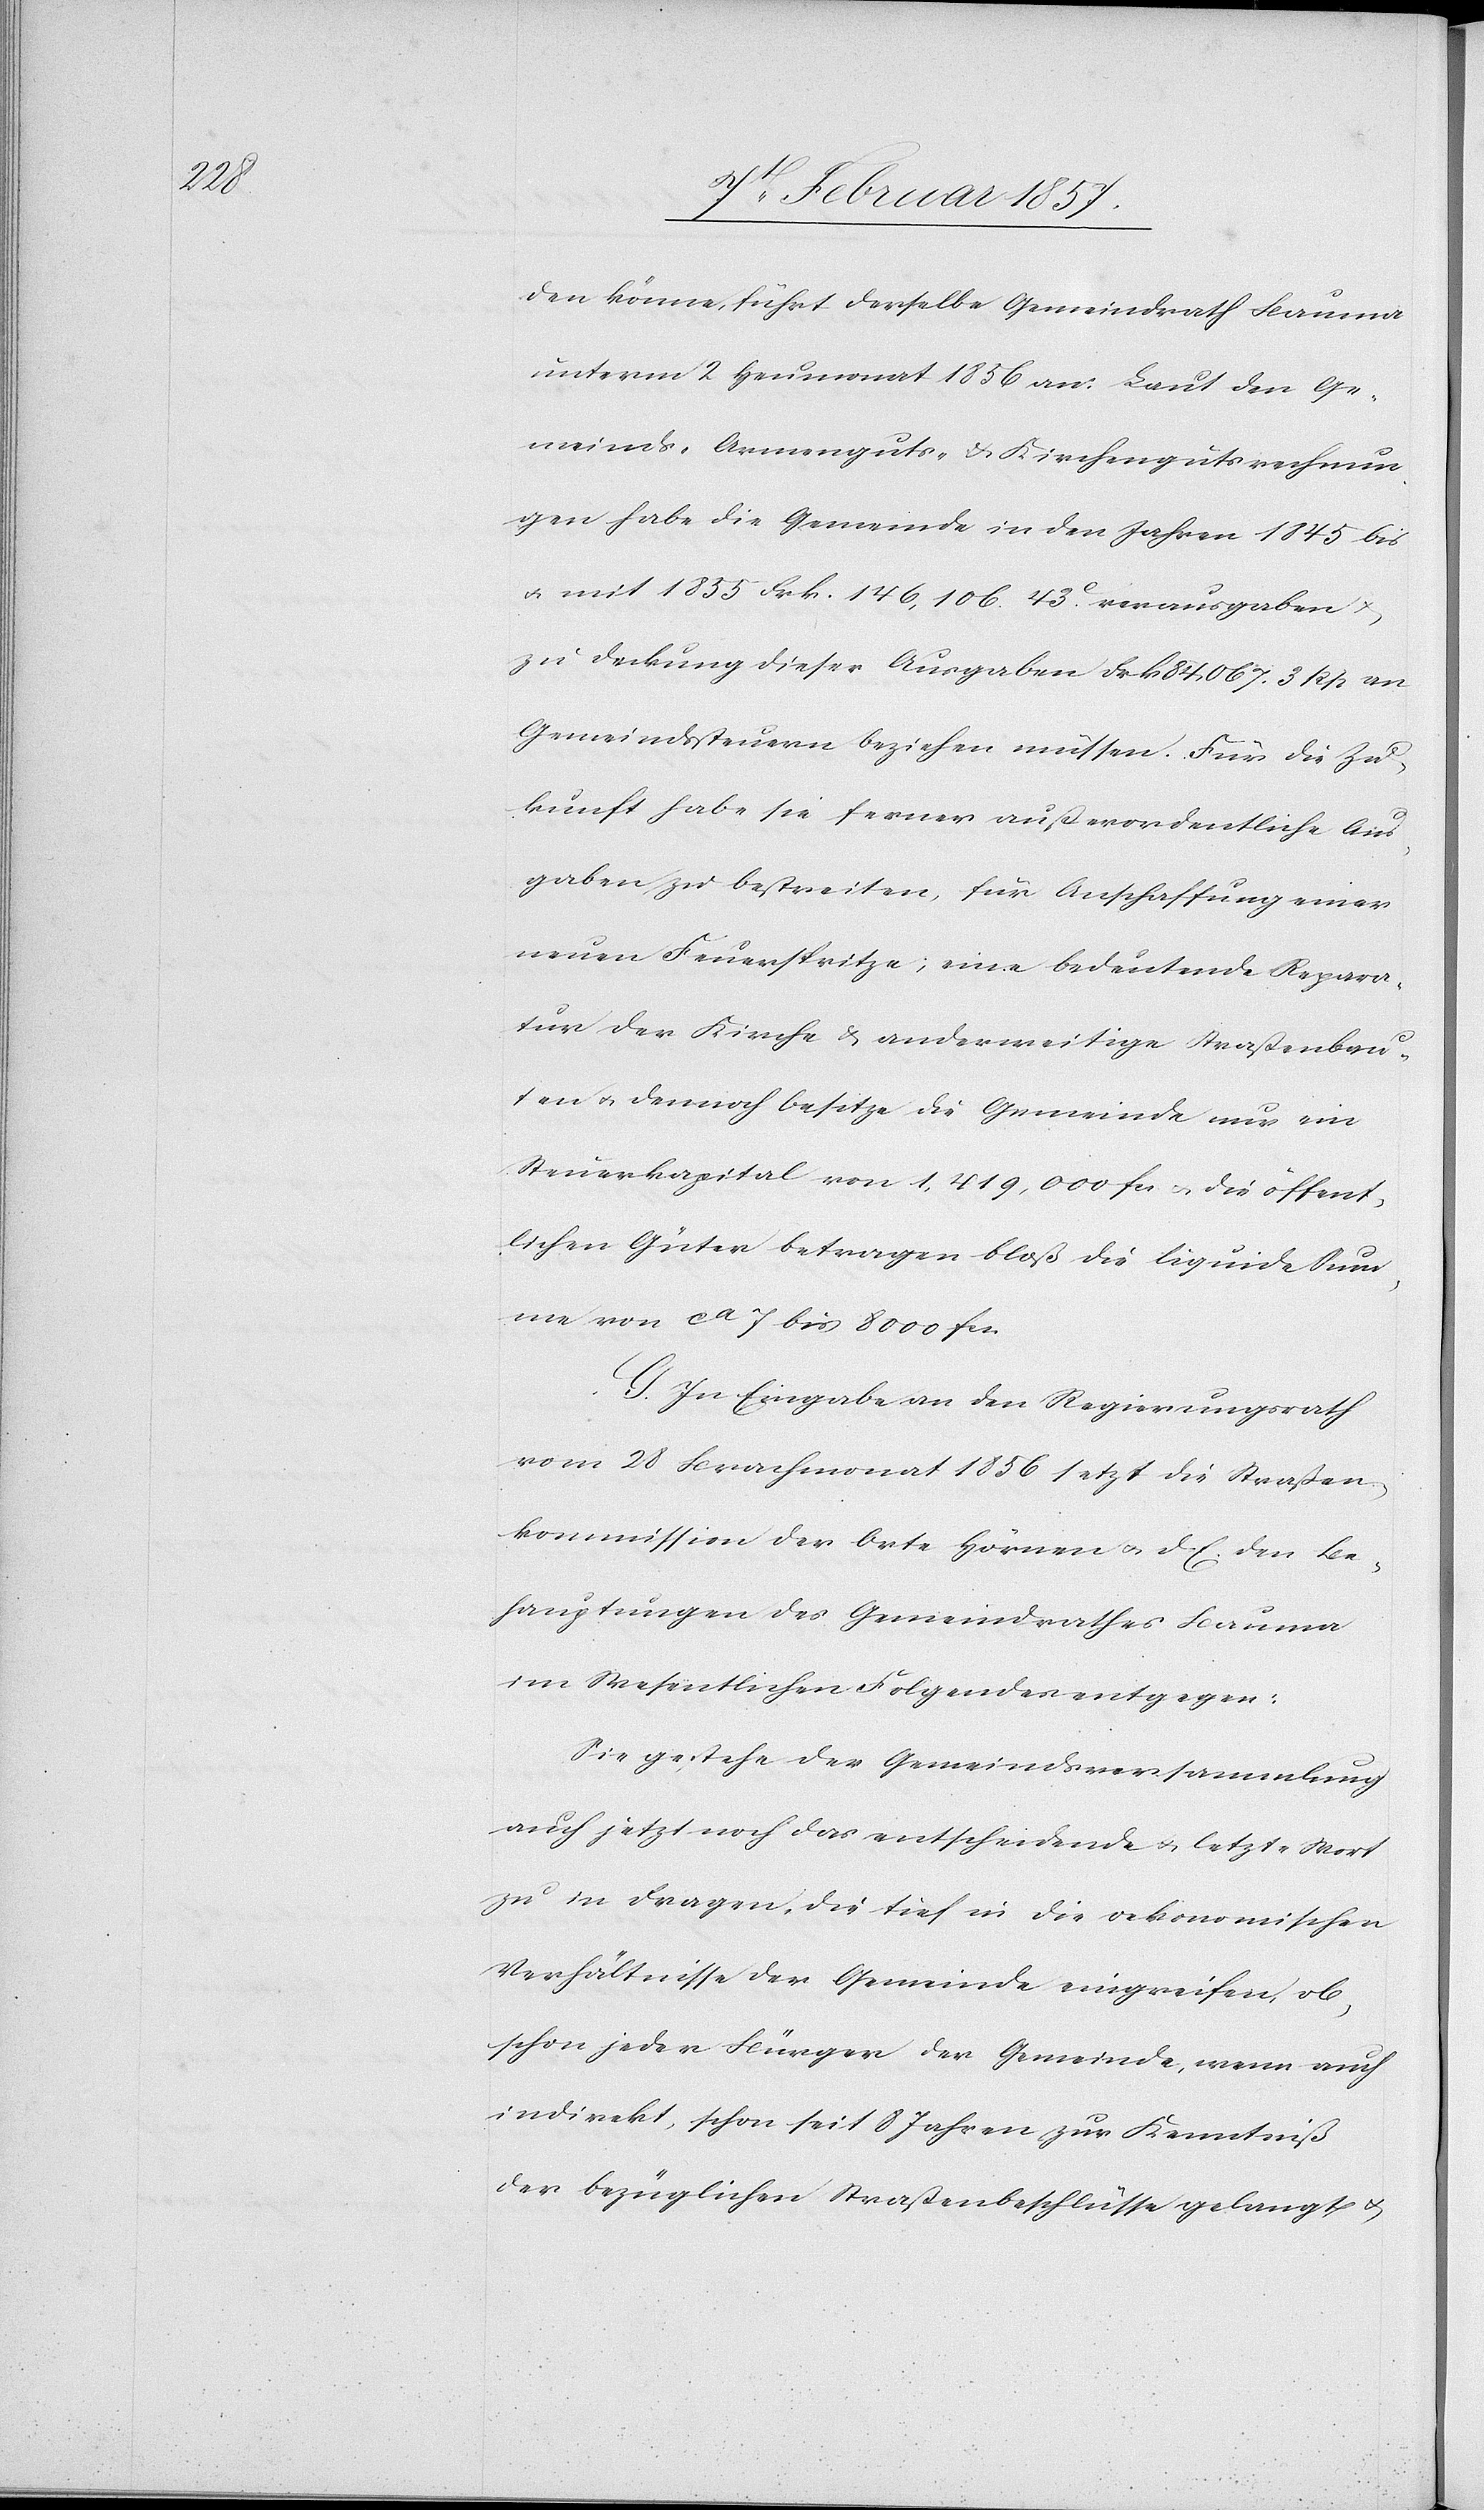
den könne, führt derselbe Gemeindrath Bauma
unterm 2 Heumonat 1856 an: Laut den Ge¬
meinds[-], Armenguts- u. Kirchengutsrechnun¬
gen habe die Gemeinde in den Jahren 1845 bis
u. mit 1855 Frk. 146,106. 43 C verausgaben u.
zu Deckung dieser Ausgaben Frk. 84,967. 3 Rp an
Gemeindssteuern beziehen müssen. Für die Zu¬
kunft habe sie ferner außerordentliche Aus¬
gaben zu bestreiten, für Anschaffung einer
neuen Feuerspritze; eine bedeutende Repara¬
tur der Kirche u. anderweitige Straßenbau¬
ten u. dennoch besitze die Gemeinde nur ein
Steuerkapital von 1,419,000 fc. u. die öffent¬
lichen Güter betragen bloß die liquide Sum¬
me von ca 7 bis 8000 fc.
G. In Eingabe an den Regierungsrath
vom 28 Brachmonat 1856 setzt die Straßen¬
kommission der Orte Hörnen u. d. E. den Be¬
hauptungen des Gemeindrathes Bauma
im Wesentlichen Folgendes entgegen:
Sie gestehe der Gemeindsversammlung
auch jetzt noch das entscheidende u. letzte Wort
zu in Fragen, die tief in die oekonomischen
Verhältnisse der Gemeinde eingreifen, ob¬
schon jeder Bürger der Gemeinde, wenn auch
indirekt, schon seit 8 Jahren zur Kenntniß
der bezüglichen Straßenbeschlüsse gelangt u.